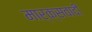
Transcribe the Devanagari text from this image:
मार्क्सवादी